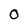
Character: 0